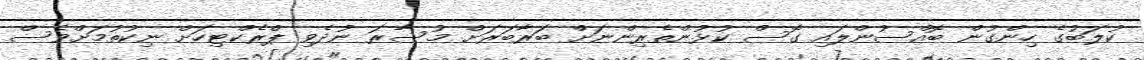
ކުލަބުގެ ހިންގުން ބޮއްސުންލައި ގޮސް ކުޅުންތެރިންނަށް ބަރާބަރަށް މުސާރަ ނުދެވި ޕްރެކްޓިހަށް ނިކުތުމަށްވެސް